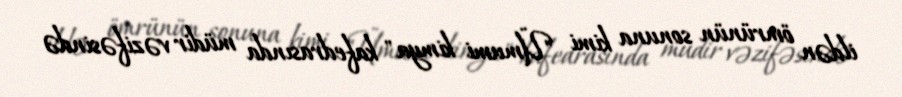
ildən ömrünün sonuna kimi "Ümumi kimya" kafedrasında müdir vəzifəsində